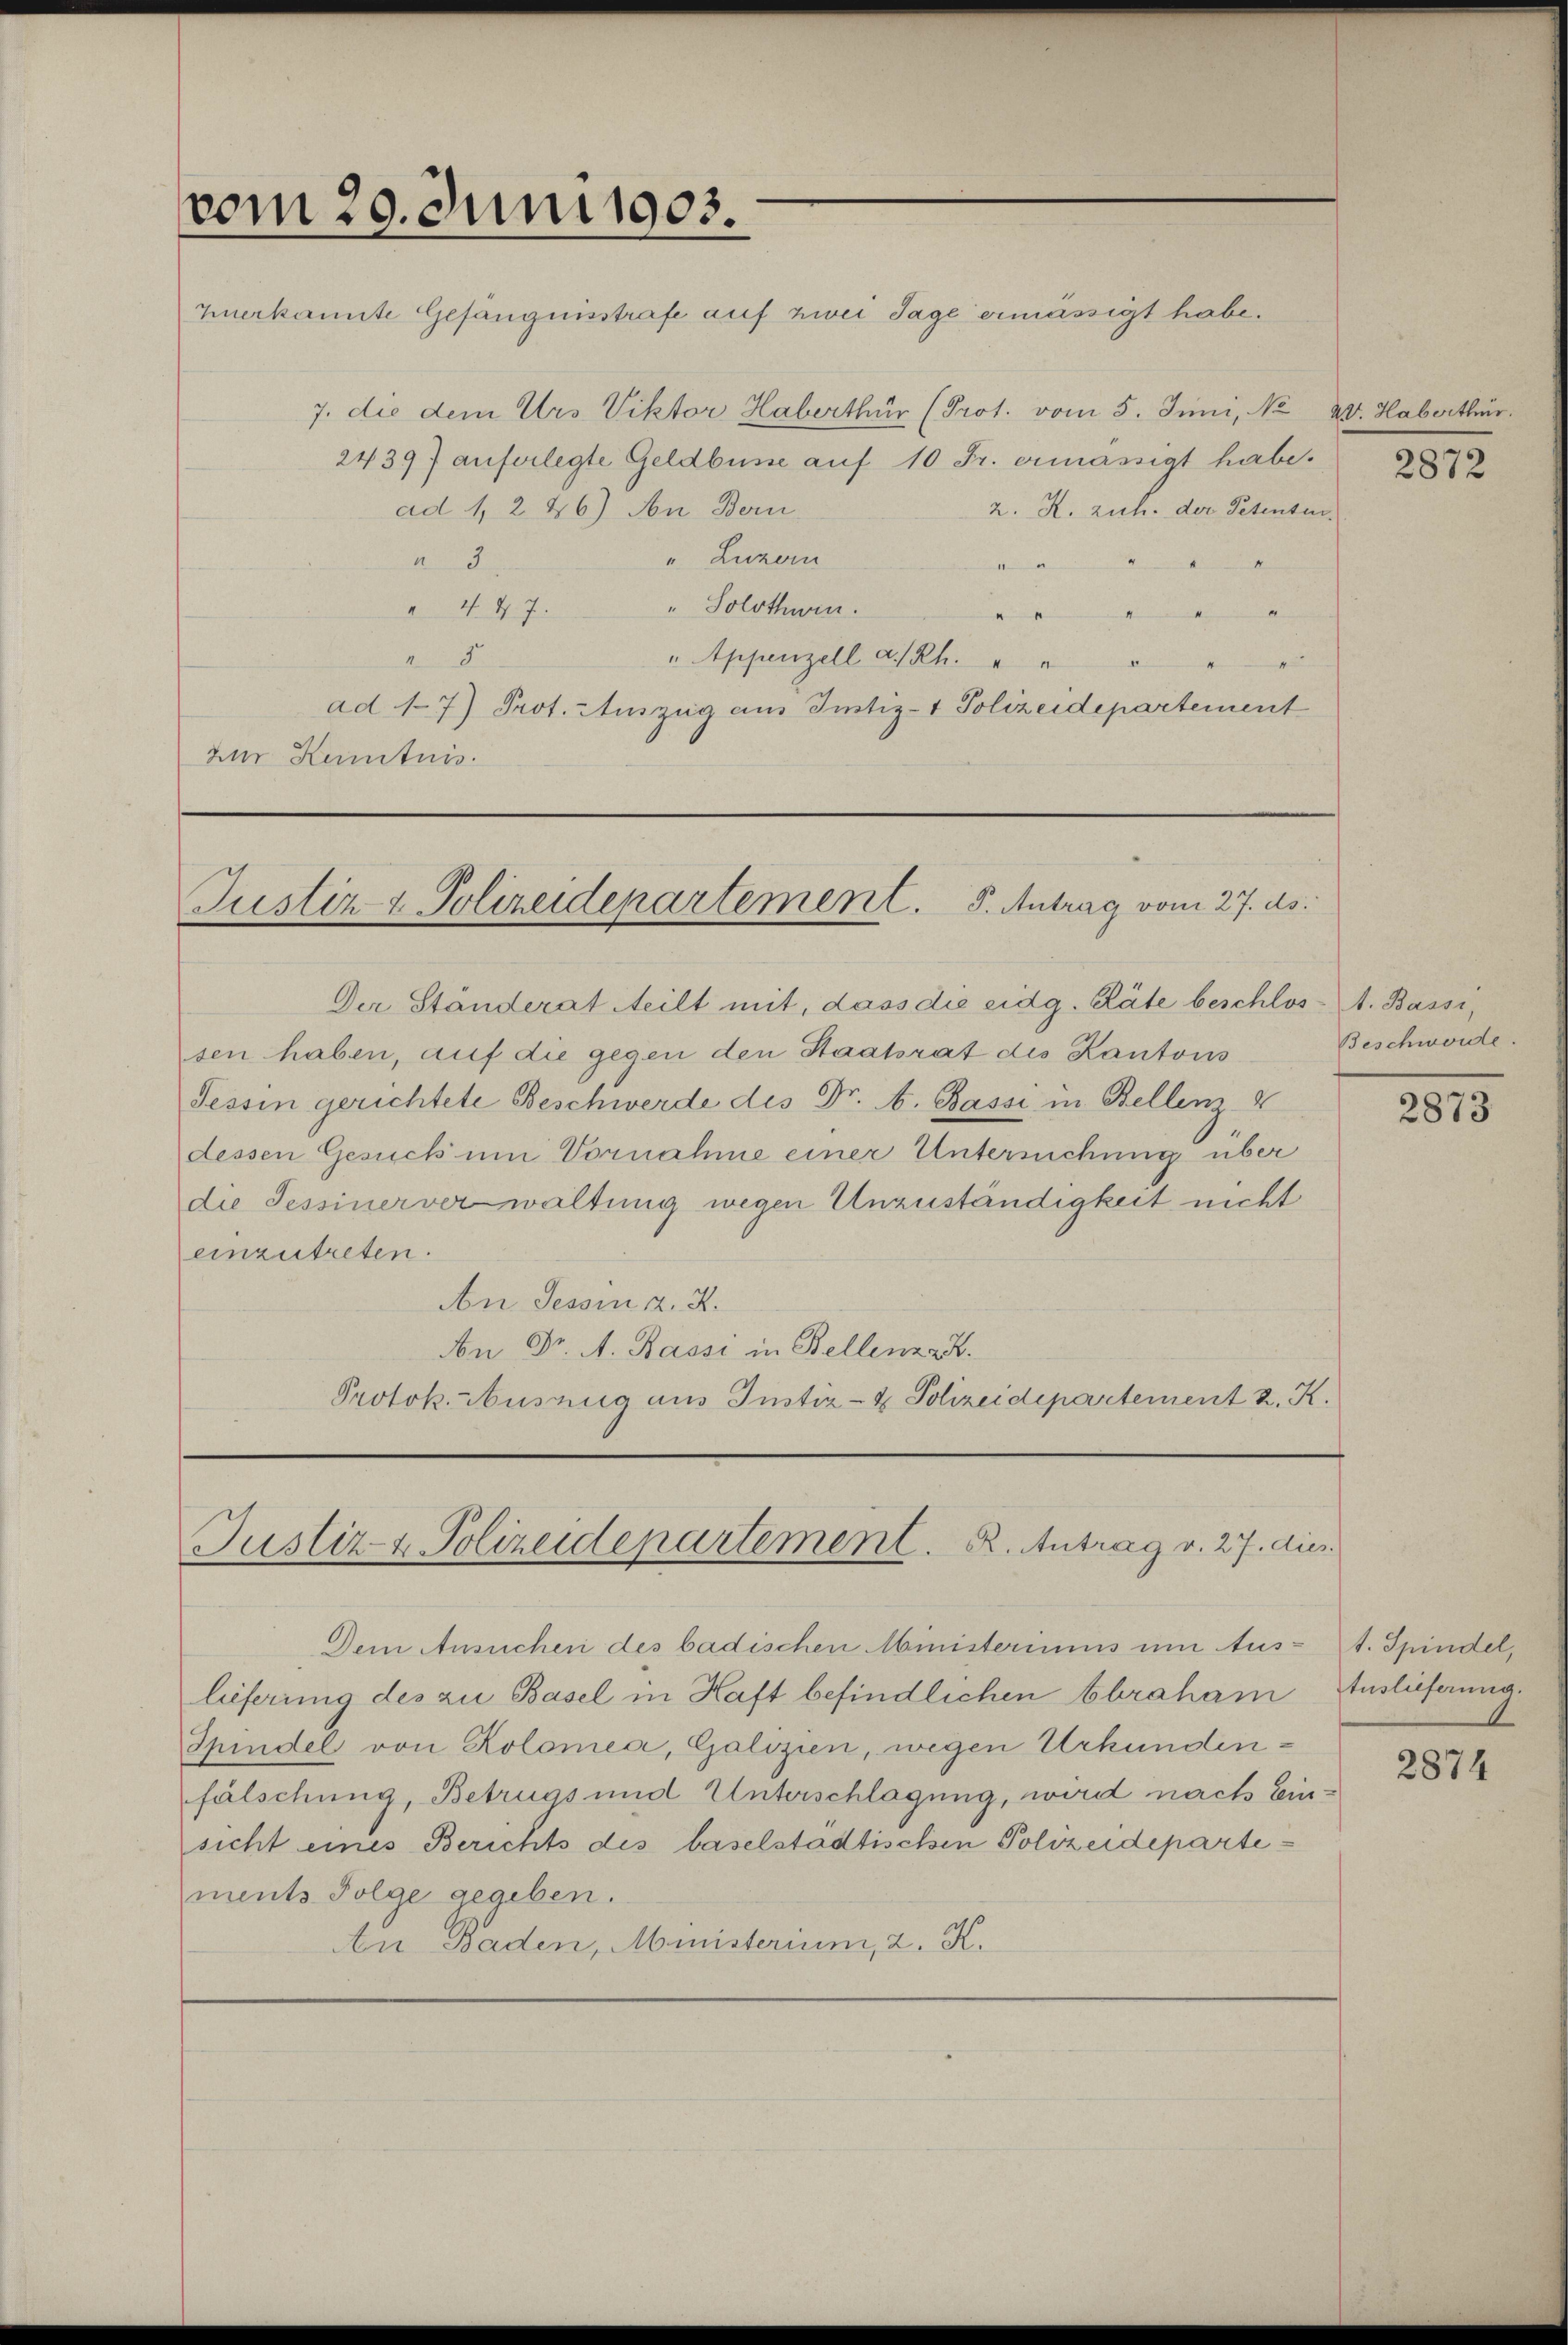
vom 20. Juni 1903.

zuerkannte Gefängnisstrafe auf zwei Tage ermässigt habe.
7. die dem Urs Viktor Haberthur (Prot. vom 5. Juni, No 20. Haberthur.
24397 auferlegte Geldbusse auf 10 Fr. ermässigt habe.
ad 1, 246) An Bern
" Luzern
 3
M
.
" Solothwen
 447.
.
1
" Appenzell a/Rh. " " " "
4
ad 17) Prot. Auszug aus Justiz- & Polizeidepartement
zur Kenntnis.

2. R. zuh. der Petenten.

Justiz & Polizeidepartement. 5. Antrag vom 27. ds.

Der Ständerat Steilt mit, dass die eidg. Räte beschlos- A. Bassi,
sen haben, auf die gegen den Staatsrat des Kantons
Tessin gerichtete Beschwerde des Dr. A. Bassi in Bellenz 4
dessen Gesuch um Vornahme einer Untersuchung über
die Tessiner verwaltung wegen Unzuständigkeit nicht
einzutreten.
An Tessin a. 2.
Non Dr. A. Bassi in Bellenart.
Protok. Auszug aus Justiz- & Polizeidepartement 2. K.

Justiz- & Polizeidepartement. B. Antrag v. 27. dies

Dem Ansuchen des badischen Ministeriums um Aus-t. Spindel,
lieferung des zu Basel in Haft befindlichen Abraham
Spindel von Kolomea, Galizien, wegen Urkundenfälschung, Betrugs und Unterschlagung, wird nach Ein-
sicht eines Berichts des baselstädtischen Polizeidepartements Folge gegeben.
An Baden, Ministerium, 2. K.

2872

Beschwerde.

2873

Auslieferung.
1

2874